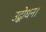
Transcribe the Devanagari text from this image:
उद्बोधन।